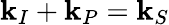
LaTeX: \mathbf{k}_{I}+\mathbf{k}_{P}=\mathbf{k}_{S}